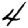
Digit: 4